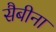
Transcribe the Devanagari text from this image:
सैबीना